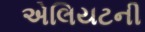
એલિયટની